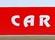
car